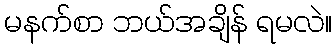
မနက်စာ ဘယ်အချိန် ရမလဲ။